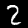
Label: 2